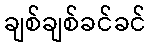
ချစ်ချစ်ခင်ခင်